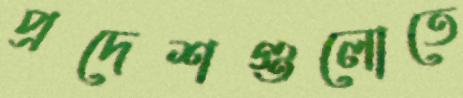
প্রদেশগুলোতে